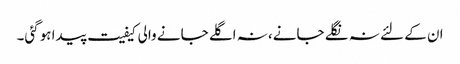
ان کے لئے نہ نگلے جانے، نہ اگلے جانے والی کیفیت پیدا ہوگئی۔